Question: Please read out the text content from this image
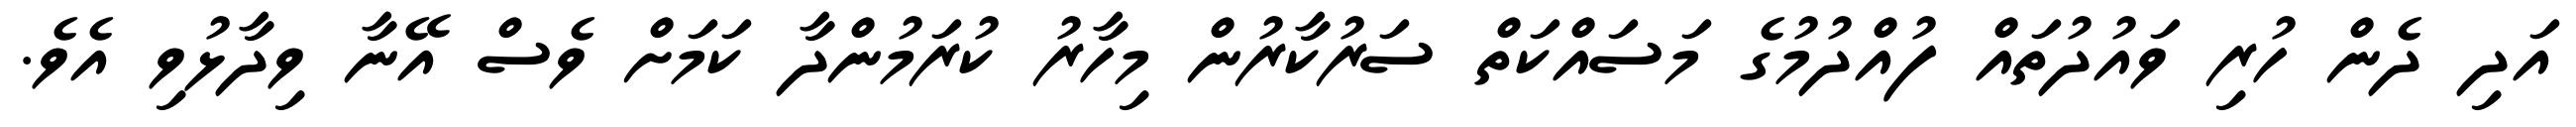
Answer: އަދި ދެން ހުރި ވައުދުތައް ފުއްދުމުގެ މަސައްކަތް ސަރުކާރުން މިހާރު ކުރަމުންދާ ކަމަށް ވެސް އޭނާ ވިދާޅުވި އެވެ.